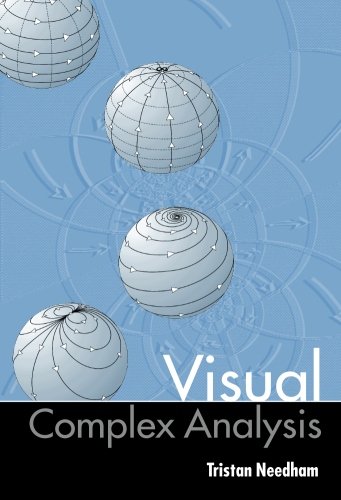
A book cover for Visual Complex Analysis; Tristan Needham; Science & Math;